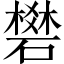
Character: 𥖎